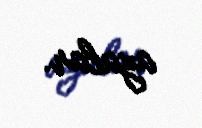
azalar.